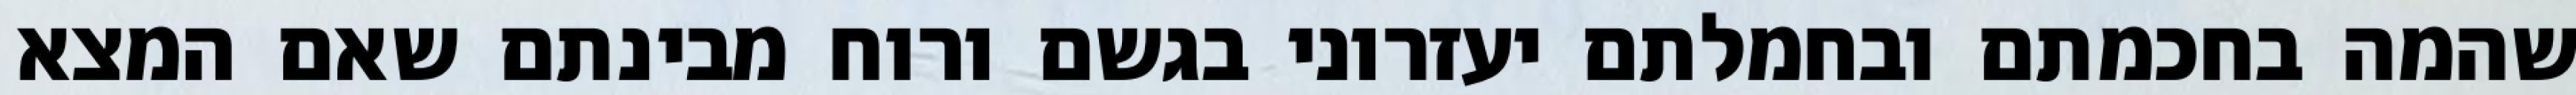
שהמה בחכמתם ובחמלתם יעזרוני בגשם ורוח מבינתם שאם המצא